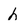
Character: h